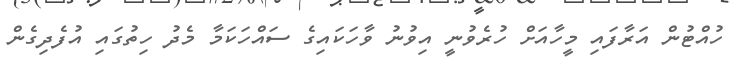
ހުއްޓުން އަރާފައި މީހާއަށް ހުރެވުނީ އިވުނު ވާހަކައިގެ ސައްހަކަމާ މެދު ހިތުގައި އުފެދިގެން